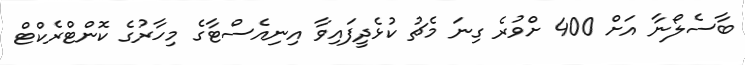
ބާސެލޯނާ އަށް 400 ށްވުރެ ގިނަ މެޗު ކުޅެދީފައިވާ އިނިއެސްޓާގެ މިހާރުގެ ކޮންޓްރެކްޓް